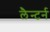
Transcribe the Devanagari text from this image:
लैन्टर्न